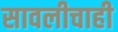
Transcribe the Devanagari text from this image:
सावलीचाही